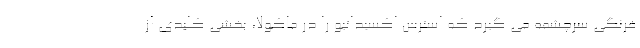
فرنگی سرچشمه می گیرد که استرس اکسیداتیو را در ماکولا، بخشی کلیدی از